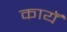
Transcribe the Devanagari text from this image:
कायॅ